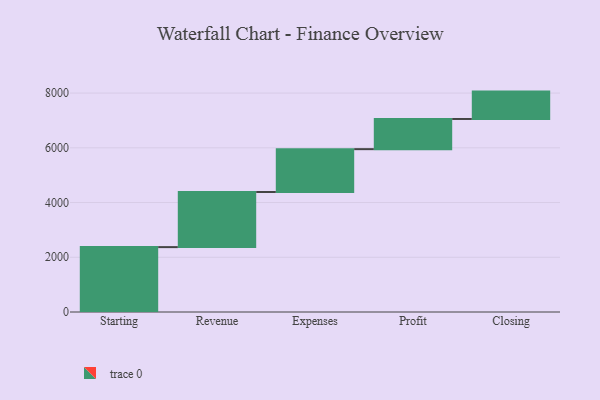
{"axis": {"x": "Step", "y": "Value"}, "legend": [""], "data": [{"x": "Starting", "y": 2371.0, "type": ""}, {"x": "Revenue", "y": 2015.0, "type": ""}, {"x": "Expenses", "y": 1565.0, "type": ""}, {"x": "Profit", "y": 1103.0, "type": ""}, {"x": "Closing", "y": 1000, "type": ""}]}